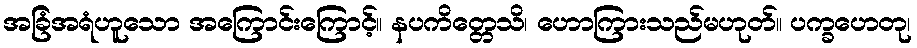
အခြံအရံဟူသော အကြောင်းကြောင့်။ နပကိတ္တေသိ၊ ဟောကြားသည်မဟုတ်။ ပက္ခဟေတု၊